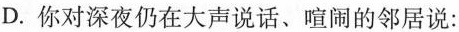
D. 你对深夜仍在大声说话、喧闹的邻居说：